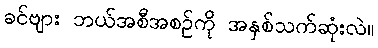
ခင်ဗျား ဘယ်အစီအစဉ်ကို အနှစ်သက်ဆုံးလဲ။